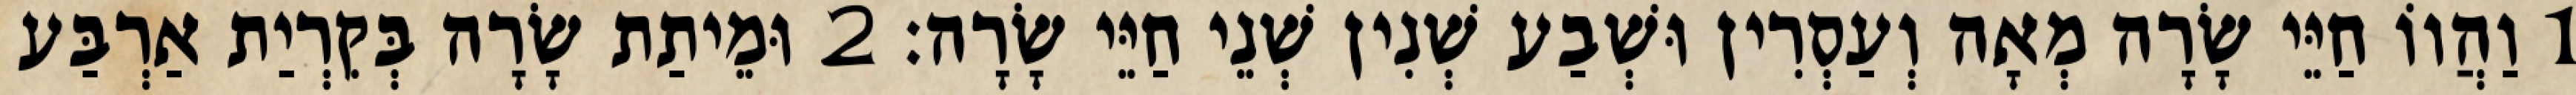
1 וַהֲווֹ חַיֵּי שָׂרָה מְאָה וְעַסְרִין וּשְׁבַע שְׁנִין שְׁנֵי חַיֵּי שָׂרָה׃ 2 וּמֵיתַת שָׂרָה בְּקִרְיַת אַרְבַּע